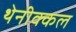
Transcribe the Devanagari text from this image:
थेनीक्कल